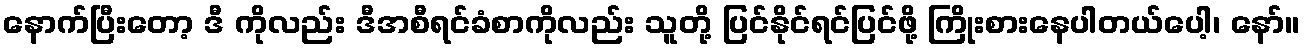
နောက်ပြီးတော့ ဒီ ကိုလည်း ဒီအစီရင်ခံစာကိုလည်း သူတို့ ပြင်နိုင်ရင်ပြင်ဖို့ ကြိုးစားနေပါတယ်ပေါ့၊ နော်။